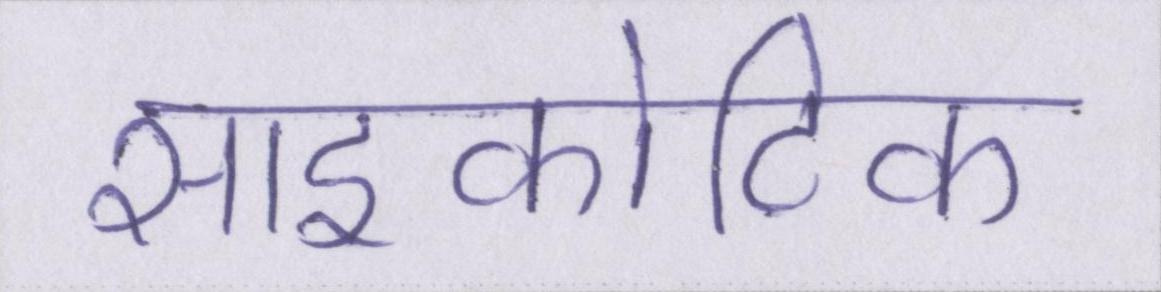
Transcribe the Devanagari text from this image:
साइकोटिक